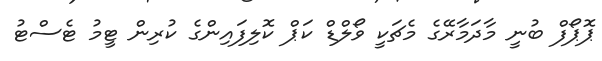
ޕޮޕޯފް ބުނީ މާދަމާރޭގެ މެޗަކީ ވޯލްޑް ކަޕް ކޮލިފައިންގެ ކުރިން ޓީމު ޓެސްޓު